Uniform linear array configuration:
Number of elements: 16
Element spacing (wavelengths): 0.75
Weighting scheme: cosine
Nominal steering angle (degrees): -60
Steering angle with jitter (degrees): -59.758
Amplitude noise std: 0.05
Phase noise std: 0.05

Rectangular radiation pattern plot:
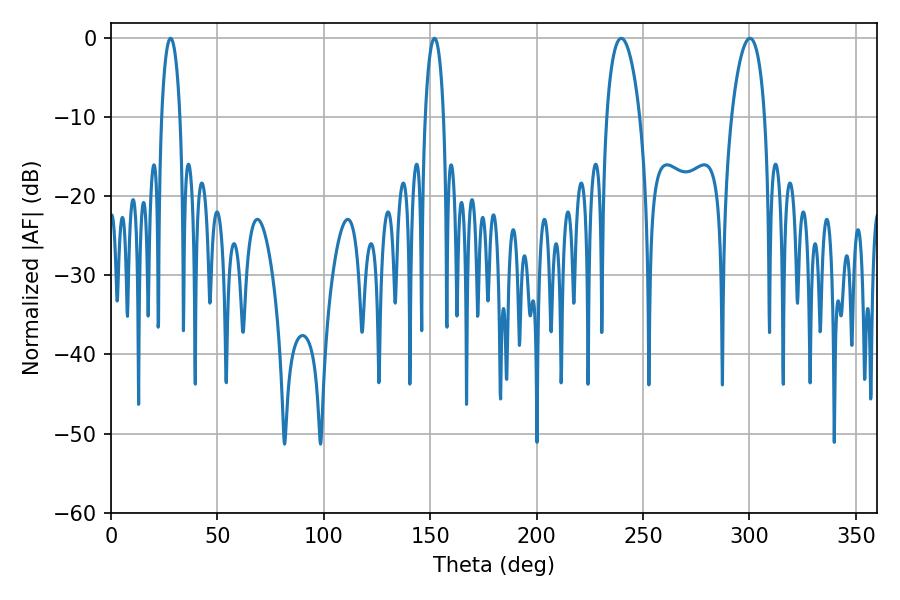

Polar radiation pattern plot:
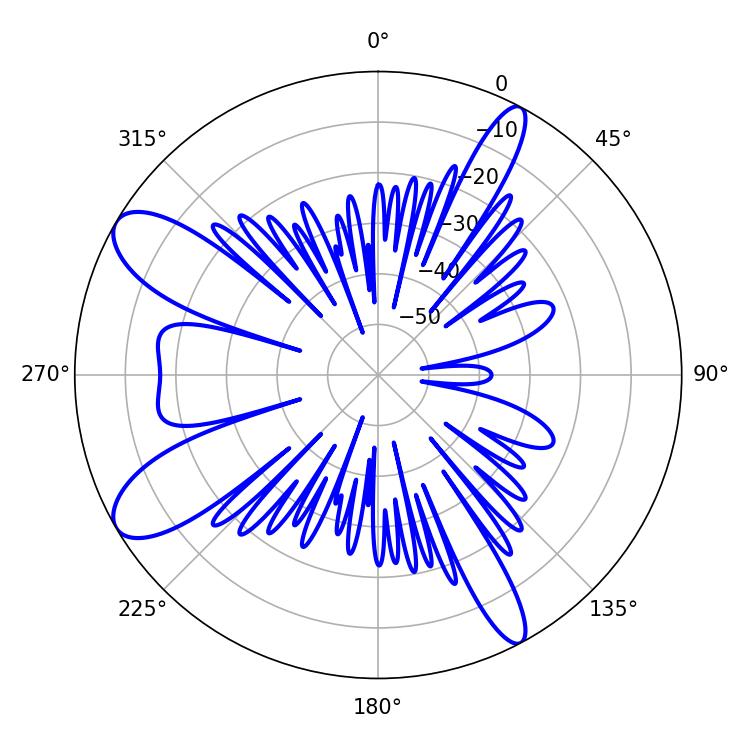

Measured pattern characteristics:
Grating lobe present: TRUE
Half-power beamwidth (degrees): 8.82
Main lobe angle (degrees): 239.76